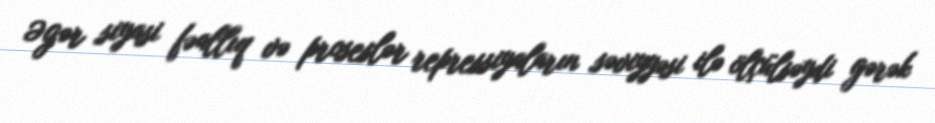
Əgər siyasi fəallıq və proseslər repressiyaların səviyyəsi ilə ölçülsəydi gərək